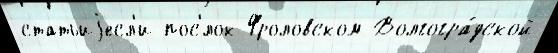
статьиjесл'и пос'́лок Фроловском Волгогра́дской